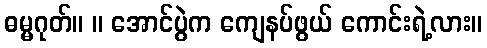
ဓမ္မဂုတ်။ ။ အောင်ပွဲက ကျေနပ်ဖွယ် ကောင်းရဲ့လား။